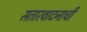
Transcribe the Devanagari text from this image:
सतारवादनाची